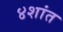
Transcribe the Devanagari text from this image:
४शांत